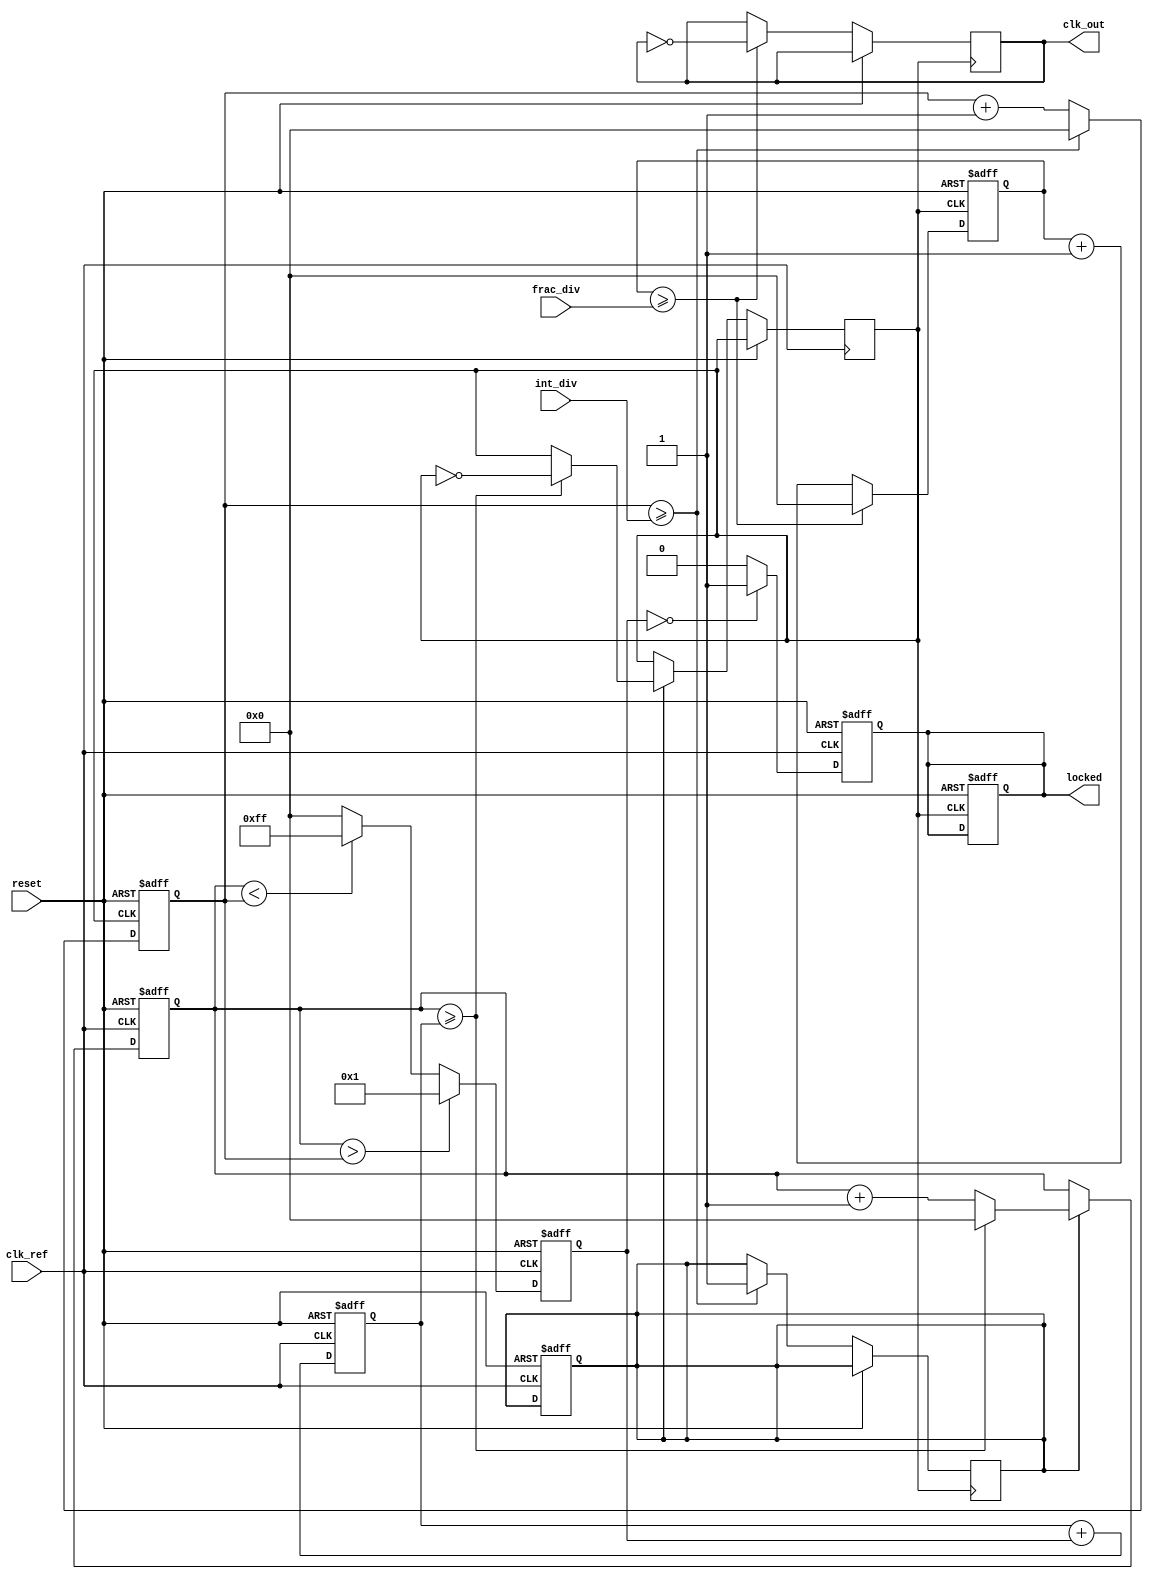
module frac_n_pll (
    input wire clk_ref,            // Reference clock input
    input wire reset,              // Asynchronous reset
    input wire [N-1:0] frac_div,   // Fractional divider value
    input wire [M-1:0] int_div,    // Integer divider value
    output wire clk_out,           // Output clock
    output wire locked             // Lock indicator
);
    parameter N = 8;               // Width of fractional divider
    parameter M = 8;               // Width of integer divider
    parameter VCO_FREQ = 100;      // VCO frequency in MHz (for example)
    
    reg [N-1:0] phase_error;       // Phase error signal
    reg [M-1:0] vco_count;         // VCO count
    reg [M-1:0] int_div_count;     // Integer divider count
    reg [N-1:0] frac_div_count;    // Fractional divider count
    reg vco_enable;                // VCO enable signal
    reg locked_reg;                // Lock status register
    wire vco_clk;                  // VCO clock output

    // Phase Detector (PD)
    always @(posedge clk_ref or posedge reset) begin
        if (reset) begin
            phase_error <= 0;
        end else begin
            // Simple phase error calculation (this is an example)
            // Actual implementation would depend on the specific phase detector design
            phase_error <= (vco_count > int_div_count) ? 1 : (vco_count < int_div_count) ? -1 : 0;
        end
    end

    // Loop Filter (LF) - Simple first-order filter
    reg [N-1:0] control_voltage;
    always @(posedge clk_ref or posedge reset) begin
        if (reset) begin
            control_voltage <= 0;
        end else begin
            control_voltage <= control_voltage + phase_error; // Integrate phase error
        end
    end

    // Voltage-Controlled Oscillator (VCO)
    always @(posedge clk_ref or posedge reset) begin
        if (reset) begin
            vco_count <= 0;
            vco_enable <= 0;
        end else begin
            if (vco_enable) begin
                vco_count <= vco_count + 1;
                if (vco_count >= control_voltage) begin
                    vco_count <= 0;
                    // Generate VCO clock output
                    vco_clk <= ~vco_clk;
                end
            end
        end
    end

    // Integer Divider
    always @(posedge vco_clk or posedge reset) begin
        if (reset) begin
            int_div_count <= 0;
            locked_reg <= 0;
        end else begin
            if (int_div_count >= int_div) begin
                int_div_count <= 0;
                // Enable VCO for next cycle
                vco_enable <= 1;
            end else begin
                int_div_count <= int_div_count + 1;
            end
        end
    end

    // Fractional Divider
    always @(posedge vco_clk or posedge reset) begin
        if (reset) begin
            frac_div_count <= 0;
        end else begin
            if (frac_div_count >= frac_div) begin
                frac_div_count <= 0;
                // Output clock generation
                clk_out <= ~clk_out;
            end else begin
                frac_div_count <= frac_div_count + 1;
            end
        end
    end

    // Lock detection logic
    always @(posedge clk_ref or posedge reset) begin
        if (reset) begin
            locked_reg <= 0;
        end else begin
            // Simple lock detection logic (this is an example)
            locked_reg <= (phase_error == 0) ? 1 : 0;
        end
    end

    assign locked = locked_reg;

endmodule